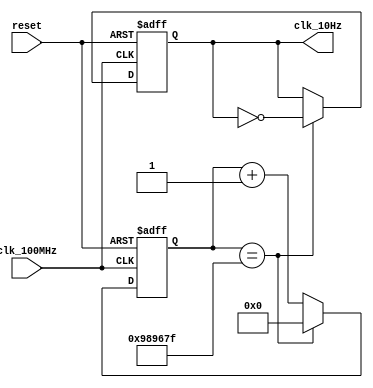
// This program was cloned from: https://github.com/FPGADude/Digital-Design
// License: GNU General Public License v3.0

`timescale 1ns / 1ps

module tenHz_generator(
    input clk_100MHz,
    input reset,
    output clk_10Hz
    );
    
    reg [23:0] counter_reg = 0;
    reg clk_out_reg = 0;
    
    always @(posedge clk_100MHz or posedge reset) begin
        if(reset) begin
            counter_reg = 0;
            clk_out_reg = 0;
        end
        else 
            if(counter_reg == 9_999_999) begin
                counter_reg <= 0;
                clk_out_reg <= ~clk_out_reg; 
            end
            else
                counter_reg <= counter_reg + 1;
    end
    
    assign clk_10Hz = clk_out_reg;
    
endmodule